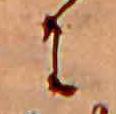
に